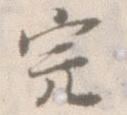
完